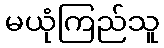
မယုံကြည်သူ